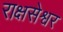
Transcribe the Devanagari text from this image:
राक्षसेश्वर